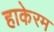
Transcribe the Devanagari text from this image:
हाकेरम